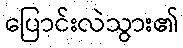
ပြောင်းလဲသွား၏